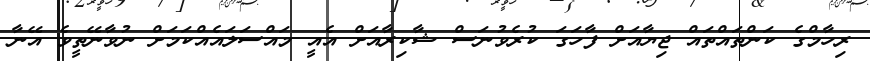
ރިހާމްގެ ކަންތައްތައް ޖިޔާއަށް ފާހަގަ ކުރެވުނަސް ޝާކިރާއަށް އެއީ މައްސަލައެއްކަމަށް ނުވާނޭތީވެ އޭނާ